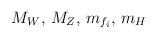
LaTeX: \begin{align*}M_W,\, M_Z, \, m_{f_i}, \, m_H\end{align*}